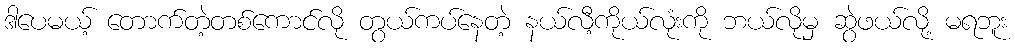
ဒါပေမယ့် တောက်တဲ့တစ်ကောင်လို တွယ်ကပ်နေတဲ့ နယ်လီ့ကိုယ်လုံးကို ဘယ်လိုမှ ဆွဲဖယ်လို့ မရဘူး